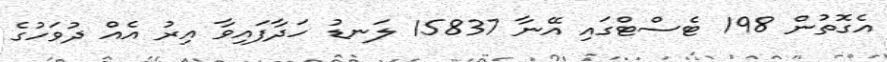
އެގޮތުން 198 ޓެސްޓްގައި އޭނާ 15837 ލަނޑު ހަދާފައިވާ އިރު އެއް ދުވަހުގެ